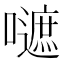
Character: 𡂪